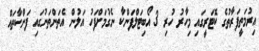
އިރުމަތީފަރާތުގެ ކޮޓަރީގައި މިހާރު ހުރި 3 އޯބިޓަލްފަންކާ ނެގުމަށްފަހު އަލުން އެތަންތަނުގައި ފަންކާތައް